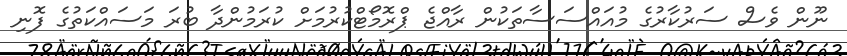
ނޫން ވެސް ސަރުކާރުގެ މުއައްސަސާތަކުން ރާއްޖެ ޕްރޮމޯޓްކުރުމަށް ކުރަމުންދާ ބުރަ މަސައްކަތުގެ ފޮނި